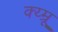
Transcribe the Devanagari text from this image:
क्य्म्रू